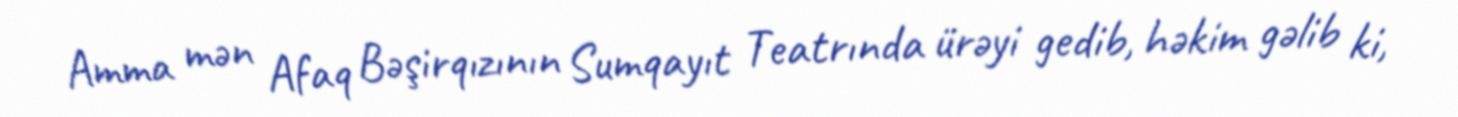
Amma mən Afaq Bəşirqızının Sumqayıt Teatrında ürəyi gedib, həkim gəlib ki,